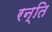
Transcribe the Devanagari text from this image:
रन्ति